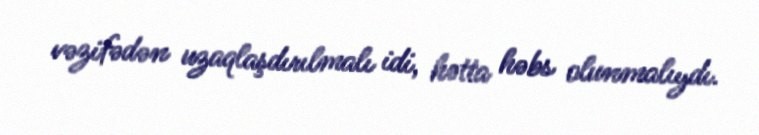
vəzifədən uzaqlaşdırılmalı idi, hətta həbs olunmalıydı.